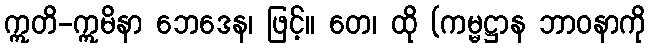
ဣတိ-ဣမိနာ ဘေဒေန၊ ဖြင့်။ တေ၊ ထို (ကမ္မဋ္ဌာန ဘာဝနာကို